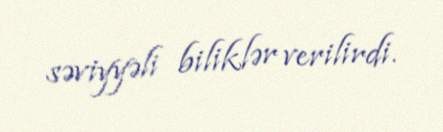
səviyyəli biliklər verilirdi.